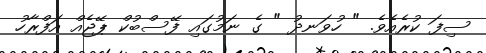
ސިފަ ކުރެއެވެ. " ހުވަނދު " ގެ ނަމުގައި ފޭސްބުކް ޕޭޖެއް އަފްރާހު